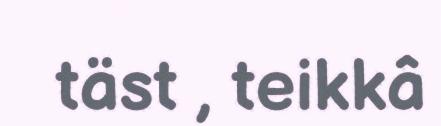
täst , teikkâ